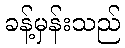
ခန့်မှန်းသည်